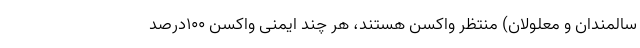
سالمندان و معلولان) منتظر واکسن هستند، هر چند ایمنی واکسن ۱۰۰درصد